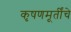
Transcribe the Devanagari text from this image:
कृषणमूर्तींचे